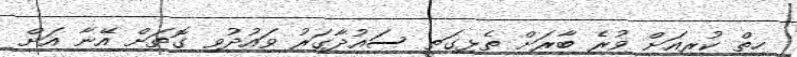
ހިތް ކުރިއަށް ވުރެ ބާރަށް ތެޅިގަތީ ސައުދާގަރު ވައުދުވި ގޮތަށް އޭނާ އަށް